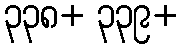
၃၃၈+ ၃၃၉+